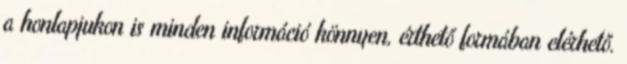
a honlapjukon is minden információ könnyen, érthető formában elérhető.